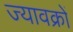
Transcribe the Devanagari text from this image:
ज्यावक्रों